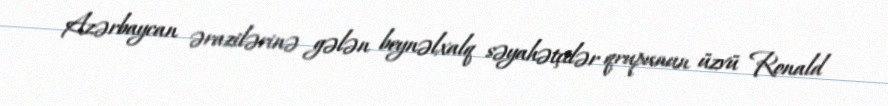
Azərbaycan ərazilərinə gələn beynəlxalq səyahətçilər qrupunun üzvü Ronald